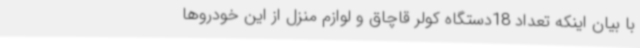
با بیان اینکه تعداد 18دستگاه کولر قاچاق و لوازم منزل از این خودروها